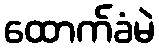
ထောက်ခံမဲ